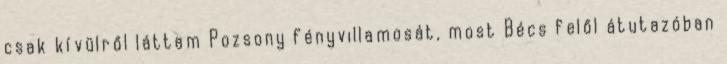
csak kívülről láttam Pozsony fényvillamosát, most Bécs felől átutazóban